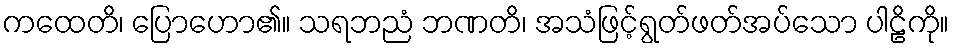
ကထေတိ၊ ပြောဟော၏။ သရဘညံ ဘဏတိ၊ အသံဖြင့်ရွတ်ဖတ်အပ်သော ပါဠိကို။